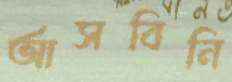
আসবিনি